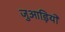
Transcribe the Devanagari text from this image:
जुआड़ियों